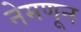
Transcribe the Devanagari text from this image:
नेमणून